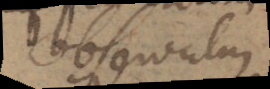
Observatum